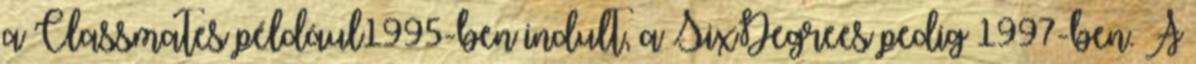
a Classmates például1995-ben indult, a SixDegrees pedig 1997-ben. A